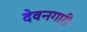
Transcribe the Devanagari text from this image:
देवनगारी